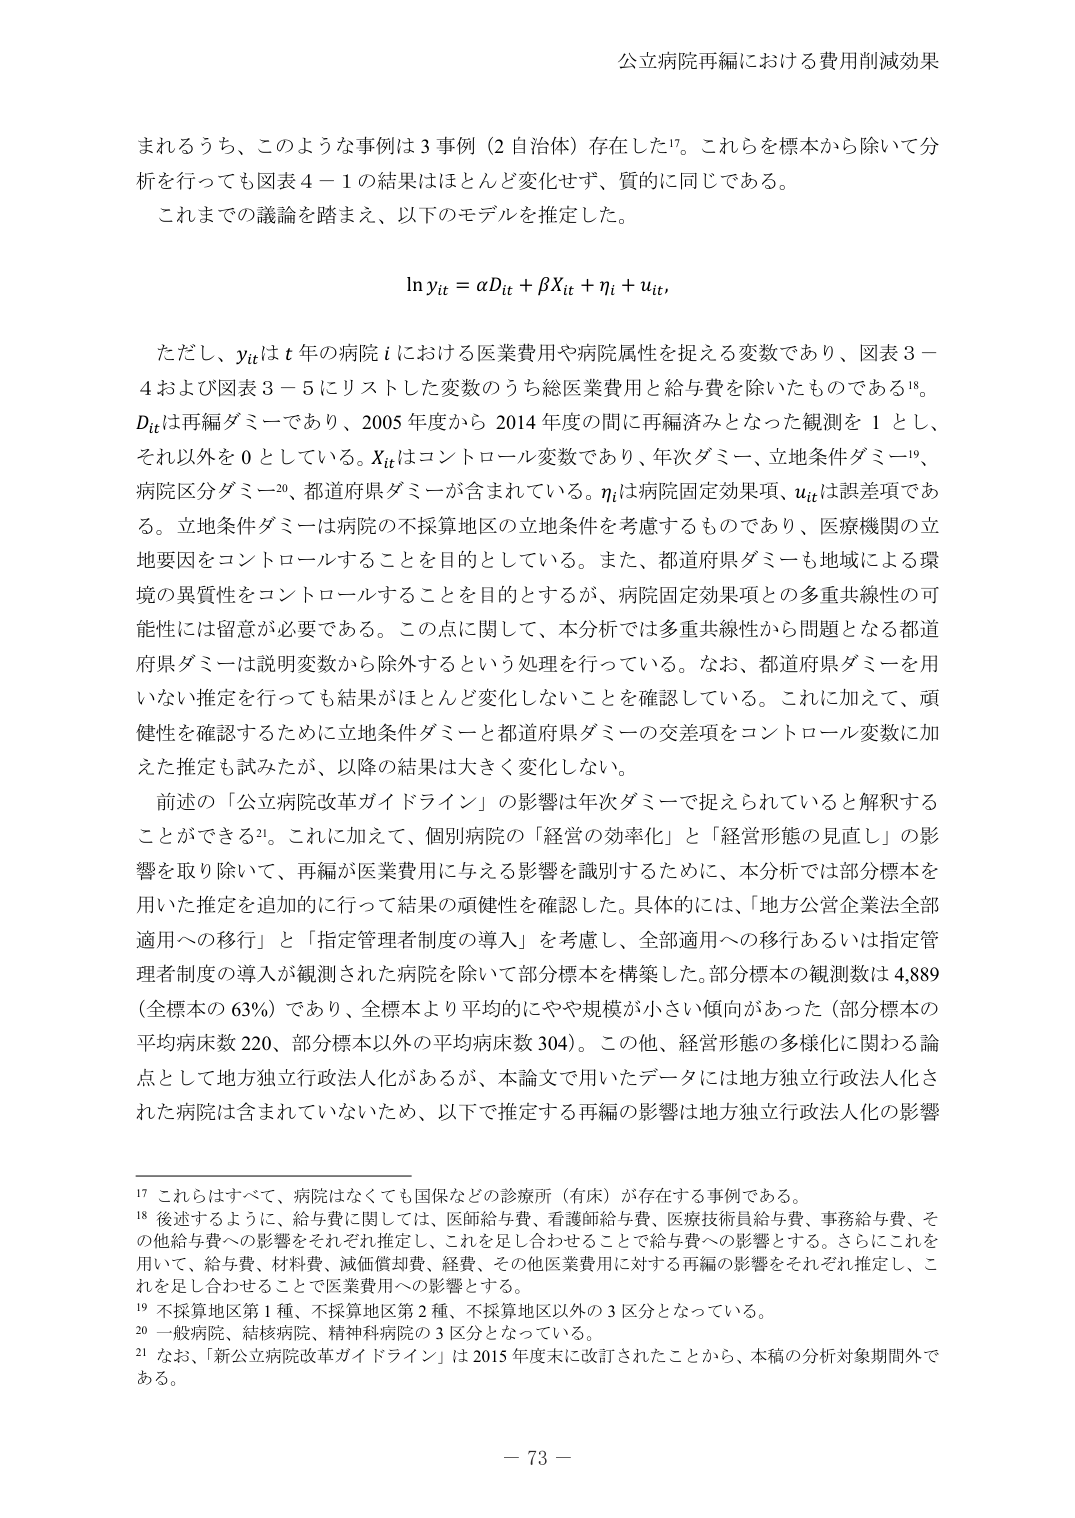
公立病院再編における費用削減効果

まれるうち、このような事例は３事例（２自治体）存在した¹⁷。これらを標本から除いて分析を行っても図表４－１の結果はほとんど変化せず、質的に同じである。
これまでの議論を踏まえ、以下のモデルを推定した。

ln y_it = αD_it + βX_it + η_i + u_it,

ただし、y_itはｔ年の病院ｉにおける医業費用や病院属性を捉える変数であり、図表３－４および図表３－５にリストした変数のうち総医業費用と給与費を除いたものである¹⁸。D_itは再編ダミーであり、2005年度から2014年度の間に再編済みとなった観測を１とし、それ以外を０としている。X_itはコントロール変数であり、年次ダミー、立地条件ダミー¹⁹、病院区分ダミー²⁰、都道府県ダミーが含まれている。η_iは病院固定効果項、u_itは誤差項である。立地条件ダミーは病院の不採算地区の立地条件を考慮するものであり、医療機関の立地要因をコントロールすることを目的としている。また、都道府県ダミーも地域による環境の異質性をコントロールすることを目的とするが、病院固定効果項との多重共線性の可能性には留意が必要である。この点に関して、本分析では多重共線性から問題となる都道府県ダミーは説明変数から除外するという処理を行っている。なお、都道府県ダミーを用いない推定を行っても結果がほとんど変化しないことを確認している。これに加えて、頑健性を確認するために立地条件ダミーと都道府県ダミーの交差項をコントロール変数に加えた推定も試みたが、以降の結果は大きく変化しない。

前述の「公立病院改革ガイドライン」の影響は年次ダミーで捉えられていると解釈することができる²¹。これに加えて、個別病院の「経営の効率化」と「経営形態の見直し」の影響を取り除いて、再編が医業費用に与える影響を識別するために、本分析では部分標本を用いた推定を追加的に行って結果の頑健性を確認した。具体的には、「地方公営企業法全部適用への移行」と「指定管理者制度の導入」を考慮し、全部適用への移行あるいは指定管理者制度の導入が観測された病院を除いて部分標本を構築した。部分標本の観測数は4,889（全標本の63％）であり、全標本より平均的にやや規模が小さい傾向があった（部分標本の平均病床数220、部分標本以外の平均病床数304）。この他、経営形態の多様化に関わる論点として地方独立行政法人化があるが、本論文で用いたデータには地方独立行政法人化された病院は含まれていないため、以下で推定する再編の影響は地方独立行政法人化の影響

¹⁷ これらはすべて、病院はなくても国保などの診療所（有床）が存在する事例である。
¹⁸ 後述するように、給与費に関しては、医師給与費、看護師給与費、医療技術員給与費、事務給与費、その他給与費への影響をそれぞれ推定し、これを足し合わせることで給与費への影響とする。さらにこれを用いて、給与費、材料費、減価償却費、経費、その他医業費用に対する再編の影響をそれぞれ推定し、これを足し合わせることで医業費用への影響とする。
¹⁹ 不採算地区第１種、不採算地区第２種、不採算地区以外の３区分となっている。
²⁰ 一般病院、結核病院、精神科病院の３区分となっている。
²¹ なお、「新公立病院改革ガイドライン」は2015年度末に改訂されたことから、本稿の分析対象期間外である。

－ 73 －